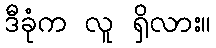
ဒီခုံက လူ ရှိလား။